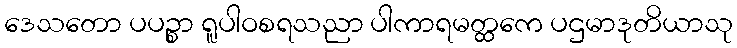
ဒေသတော ပပဉ္စာ ရူပါဝစရသညာ ပါကာရမတ္ထကေ ပဌမာဒုတိယာသု